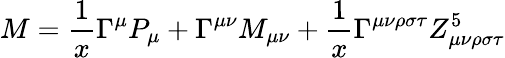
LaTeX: M=\frac{1}{x}\Gamma^{\mu}P_{\mu}+\Gamma^{\mu\nu}M_{\mu\nu}+\frac{1}{x}\Gamma^{\mu\nu\rho\sigma\tau}Z_{\mu\nu\rho\sigma\tau}^{5}